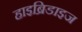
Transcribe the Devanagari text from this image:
हाइब्रिडाइज